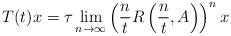
LaTeX: \begin{align*}T(t)x=\tau\lim_{n\to\infty}\left(\frac{n}{t}R\left(\frac{n}{t},A\right)\right)^{n}x\end{align*}